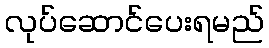
လုပ်ဆောင်ပေးရမည်